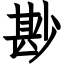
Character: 尠